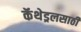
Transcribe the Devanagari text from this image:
कॅथेड्रलसाठी